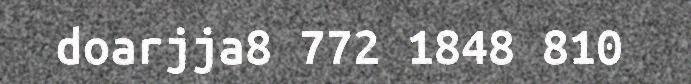
doarjja8 772 1848 810